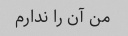
من آن را ندارم